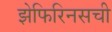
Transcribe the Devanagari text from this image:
झेफिरिनसची